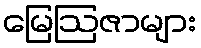
မြေဩဇာများ